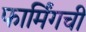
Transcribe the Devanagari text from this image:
फार्मिंगची